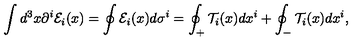
\int d ^ { 3 } x \partial ^ { i } { \cal E } _ { i } ( x ) = \oint { \cal E } _ { i } ( x ) d \sigma ^ { i } = \oint _ { + } { \cal T } _ { i } ( x ) d x ^ { i } + \oint _ { - } { \cal T } _ { i } ( x ) d x ^ { i } ,